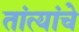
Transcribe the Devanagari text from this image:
तांत्यांचे